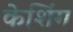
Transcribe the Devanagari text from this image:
केशिंग